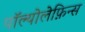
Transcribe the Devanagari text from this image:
पॉल्योलेफ़िन्स